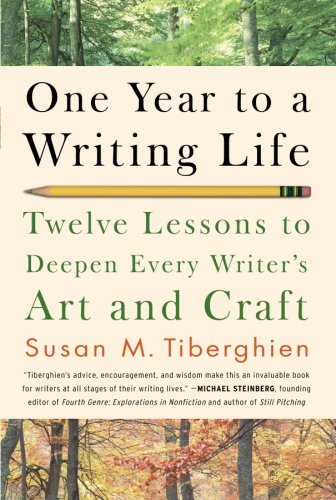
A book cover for One Year to a Writing Life: Twelve Lessons to Deepen Every Writer's Art and Craft; Susan M. Tiberghien; Crafts, Hobbies & Home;